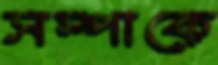
সম্পাকে